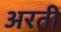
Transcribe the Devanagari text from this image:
अरतीं